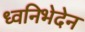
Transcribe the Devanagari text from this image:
ध्वनिभेदेन